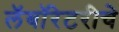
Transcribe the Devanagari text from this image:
लॅबॉरेटरीचे